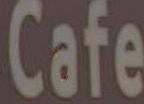
Cafe